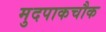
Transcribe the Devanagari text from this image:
मुदपाकचौक